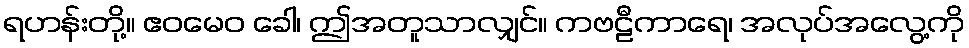
ရဟန်းတို့။ ဧဝမေဝ ခေါ၊ ဤအတူသာလျှင်။ ကဗဠီကာရေ၊ အလုပ်အလွေ့ကို